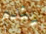
يندم